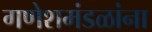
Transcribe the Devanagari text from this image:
गणेशमंडळांना